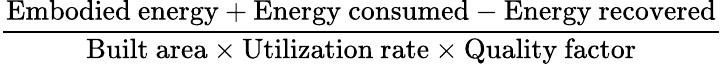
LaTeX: \frac{{\mathrm{Embodied~energy}}+{\mathrm{Energy~consumed}}-{\mathrm{Energy~recovered}}}{{\mathrm{Built~area}}\times{\mathrm{Utilization~rate}}\times{\mathrm{Quality~factor}}}